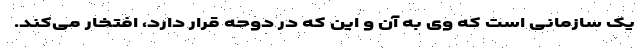
یک سازمانی است که وی به آن و این که در دوحه قرار دارد، افتخار می‌کند.